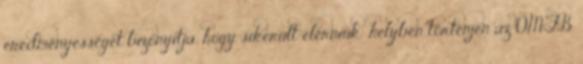
eredményességét bizonyítja, hogy sikerült elérniük: helyben történjen az OMFB